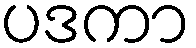
ပဒကာ